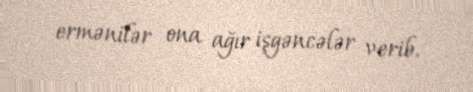
ermənilər ona ağır işgəncələr verib.